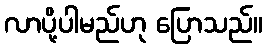
လာပို့ပါမည်ဟု ပြောသည်။